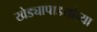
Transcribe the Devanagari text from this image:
खेड्यापाडयांच्या